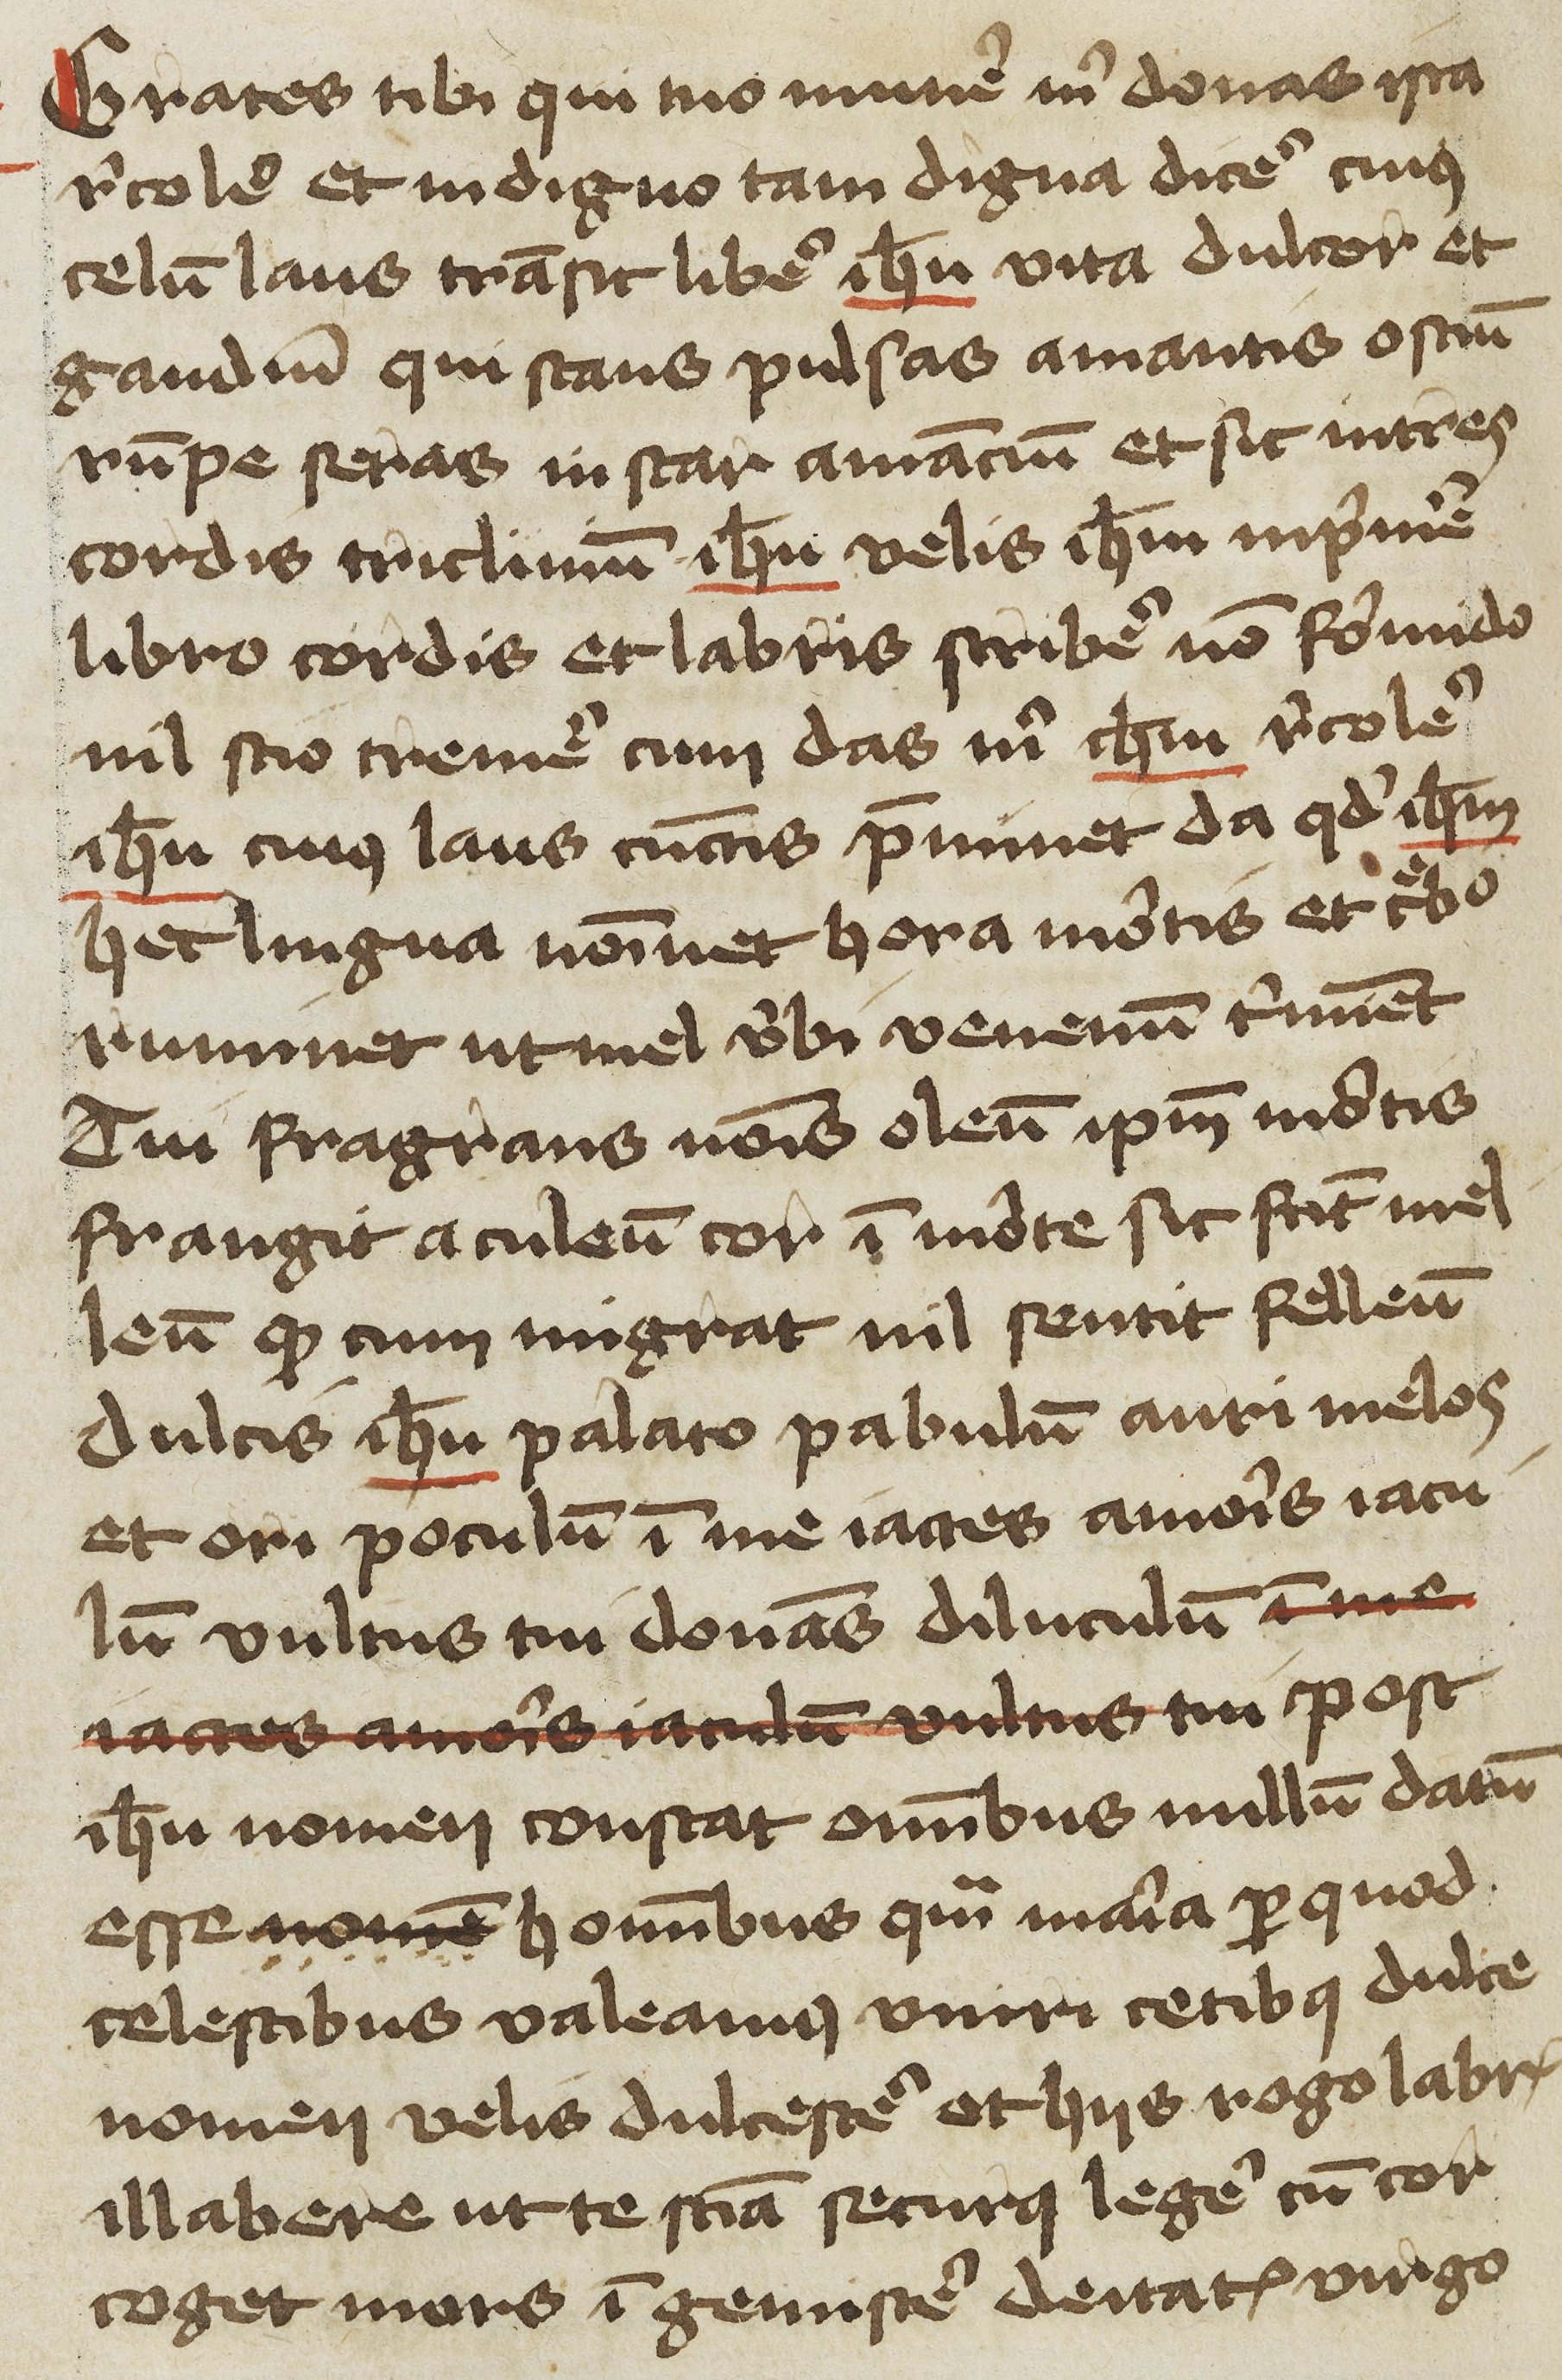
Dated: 1400–1449